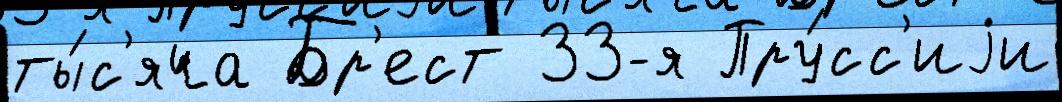
ты́с'яча Бр'ест 33-я Пру́сс'иjи